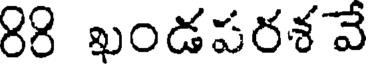
88 ఖండపరశవే